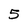
Character: 5